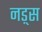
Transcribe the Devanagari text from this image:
नड़्स